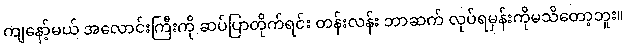
ကျနော့်မယ် အလောင်းကြီးကို ဆပ်ပြာတိုက်ရင်း တန်းလန်း ဘာဆက် လုပ်ရမှန်းကိုမသိတော့ဘူး။